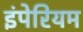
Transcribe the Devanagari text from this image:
इंपेरियम